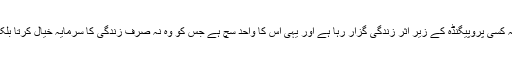
اس لئے آج کی اس دنیا میں تقریبا ہر عام شخص کسی نہ کسی پروپیگنڈہ کے زیر اثر زندگی گزار رہا ہے اور یہی اس کا واحد سچ ہے جس کو وہ نہ صرف زندگی کا سرمایہ خیال کرتا بلکہ اس سچ کی بقاء میں جان تک کی قربانی دے دیتا ہے۔